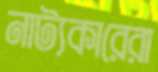
নাট্যকারেরা